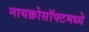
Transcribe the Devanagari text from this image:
मायक्रोसॉफ्टमध्ये